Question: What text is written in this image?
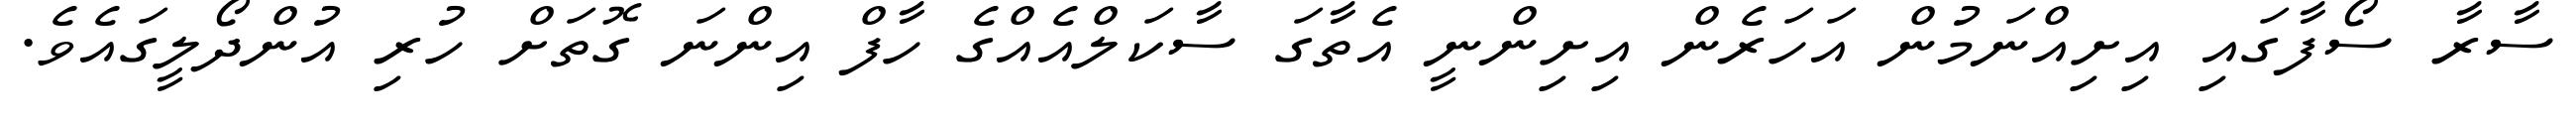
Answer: ސާރާ ސޯފާގައި އިށިއްނަމުން އަހަރެން އިށިންނީ އެތާގަ ސާކަލްއެއްގެ ހާފް އިންނަ ގޮތަށް ހުރި އުންދޯލީގައެވެ.